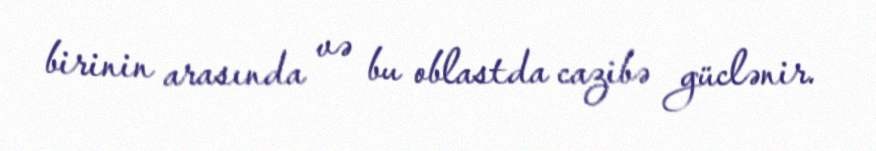
birinin arasında və bu oblastda cazibə güclənir.